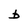
Character: b